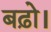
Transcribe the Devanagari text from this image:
बढ़ो।